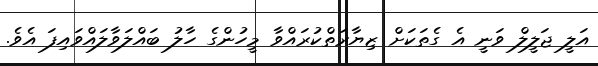
އަލީ ޖަލީލް ވަނީ އެ ގެތަކަށް ޒިޔާރަތްކުރައްވާ މީހުންގެ ހާލު ބައްލަވާލައްވައިފަ އެވެ.